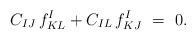
LaTeX: \begin{align*}C_{IJ}\,f^I_{KL} + C_{IL}\,f^I_{KJ} \ = \ 0.\end{align*}